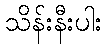
သိန်းနီးပါး